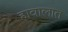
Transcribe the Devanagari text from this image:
हावालात